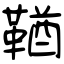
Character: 鞧